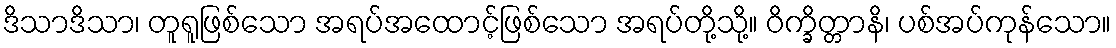
ဒိသာဒိသာ၊ တူရူဖြစ်သော အရပ်အထောင့်ဖြစ်သော အရပ်တို့သို့။ ဝိက္ခိတ္တာနိ၊ ပစ်အပ်ကုန်သော။